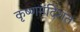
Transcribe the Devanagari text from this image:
कृष्णमंदिरात